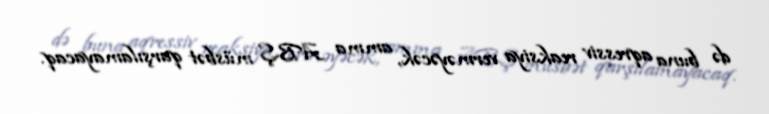
də buna aqressiv reaksiya verməyəcək, amma ABŞ müsbət qarşılamayacaq.